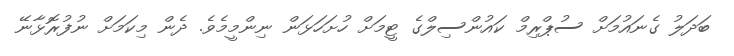
ބަދަލު ގެނައުމަށް ސުޕްރިމް ކައުންސިލްގެ ޓީމަށް ހުށަހަޅަން ނިންމީމެވެ. ދެން މިކަމަށް ނުފުރޮޅާނޭ